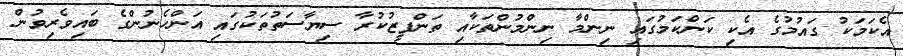
އެކަމަކު ގައުމުގެ އެކި ކަންކަމުގައި ނިންމާ ނިންމުންތަކާއި ތަންފީޒުކުރާ ސިޔާސަތުތަކުގައި އަންހެނުންގެ ބައިވެރިވުން